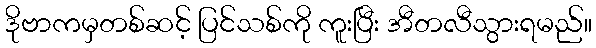
ဒိုဗာကမှတစ်ဆင့် ပြင်သစ်ကို ကူးပြီး အီတလီသွားရမည်။